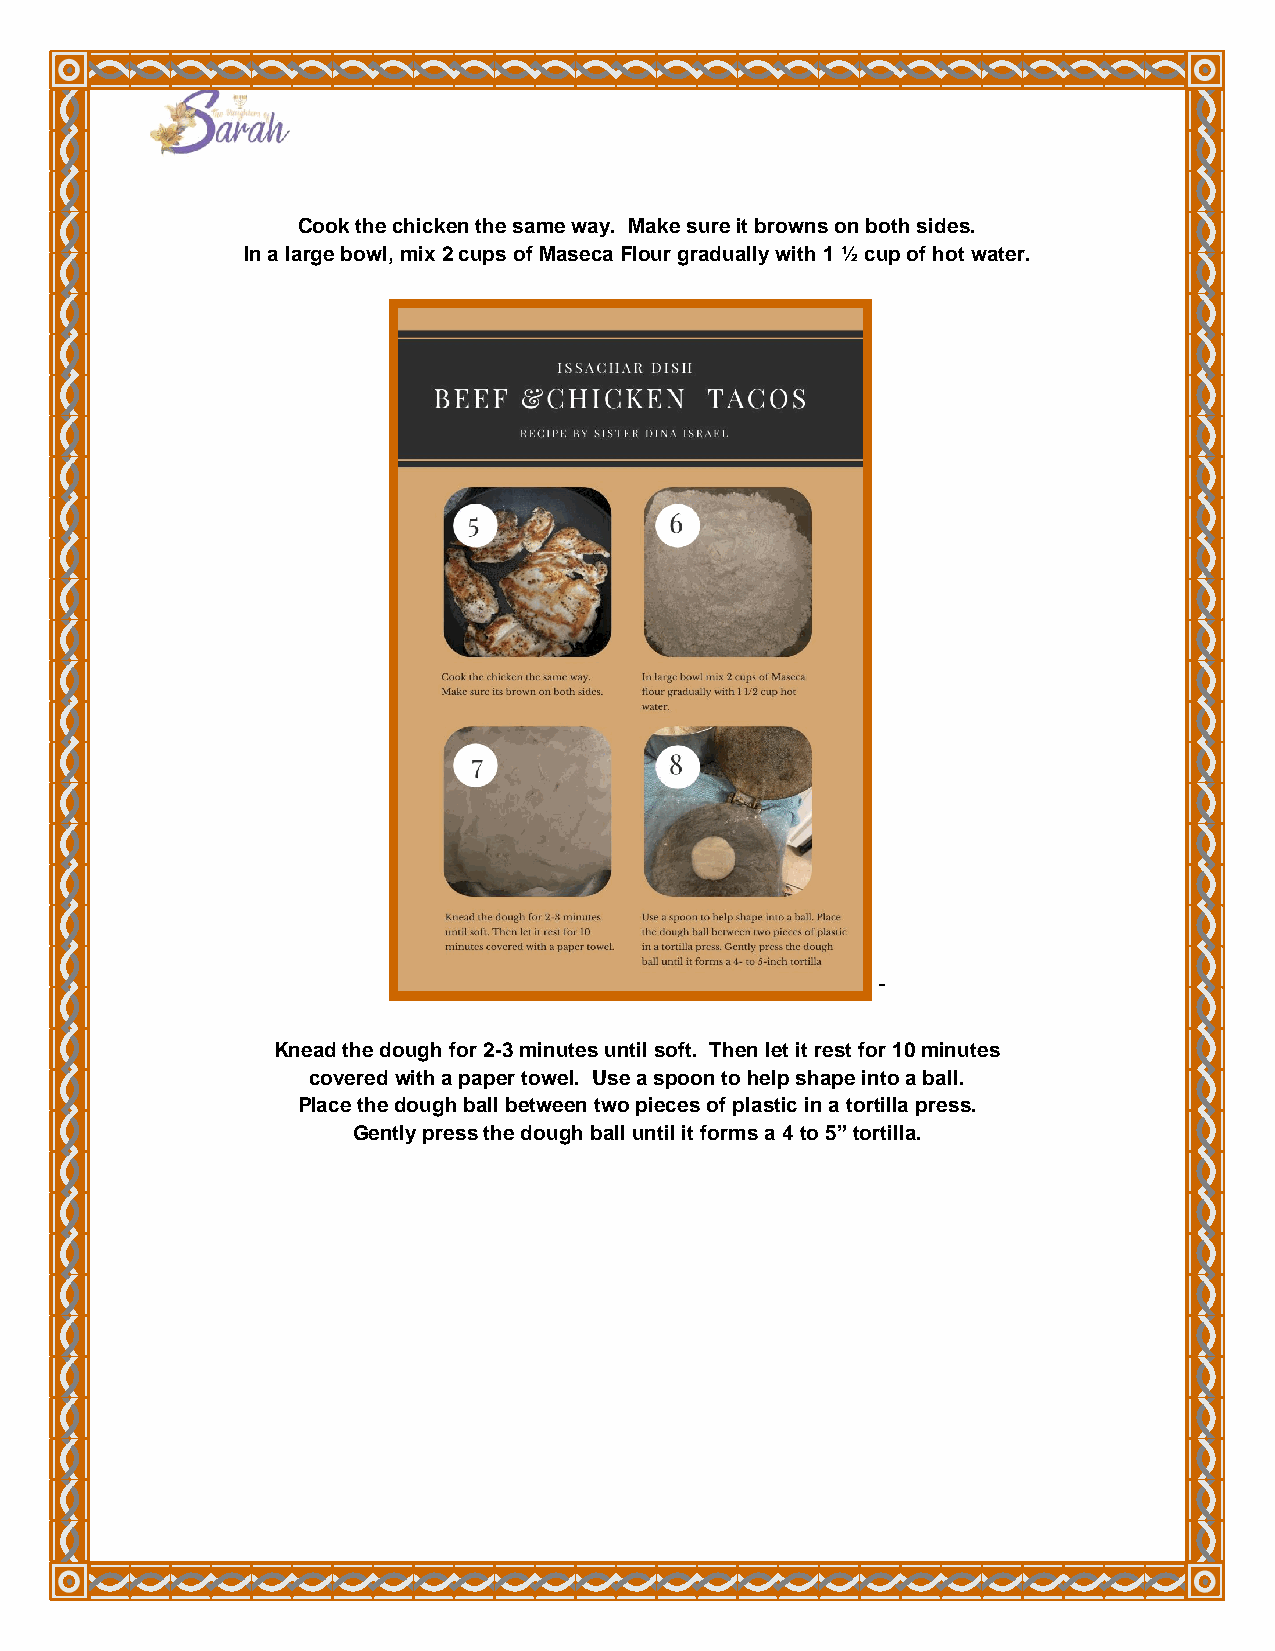
Cook the chicken the same way. Make sure it browns on both sides.
 In a large bowl, mix 2 cups of Maseca Flour gradually with 1 ½ cup of hot water.
 -
 Knead the dough for 2-3 minutes until soft. Then let it rest for 10 minutes
 covered with a paper towel. Use a spoon to help shape into a ball.
 Place the dough ball between two pieces of plastic in a tortilla press.
 Gently press the dough ball until it forms a 4 to 5” tortilla.